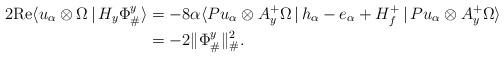
LaTeX: \begin{align*}2 \mathrm{Re} \langle u_{\alpha} \otimes \Omega\,|\, H_y\Phi^y_{\#}\rangle &= - 8 \alpha \langle P u_{\alpha} \otimes A^+_y \Omega \,|\, h_{\alpha} - e_{\alpha}+ H_f^+\,|\,P u_{\alpha} \otimes A^+_y \Omega \rangle \\&= - 2 \|\Phi_{\#}^y\|^2_{\#}. \end{align*}